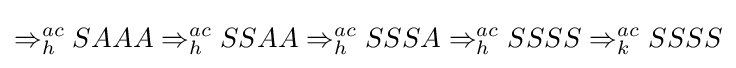
\Rightarrow _{h}^{ac}SAAA\Rightarrow _{h}^{ac}SSAA\Rightarrow _{h}^{ac}SSSA\Rightarrow _{h}^{ac}SSSS\Rightarrow _{k}^{ac}SSSS